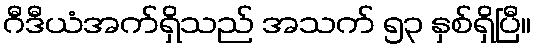
ဂီဒီယံအက်ရှိသည် အသက် ၅၃ နှစ်ရှိပြီ။